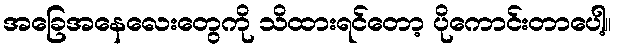
အခြေအနေလေးတွေကို သိထားရင်တော့ ပိုကောင်းတာပေါ့။